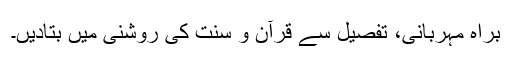
براہ مہربانی، تفصیل سے قرآن و سنت کی روشنی میں بتادیں۔